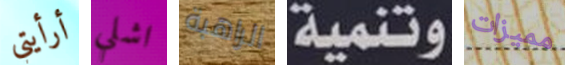
أرأيتي اشلي الراهبة وتنمية مميزات